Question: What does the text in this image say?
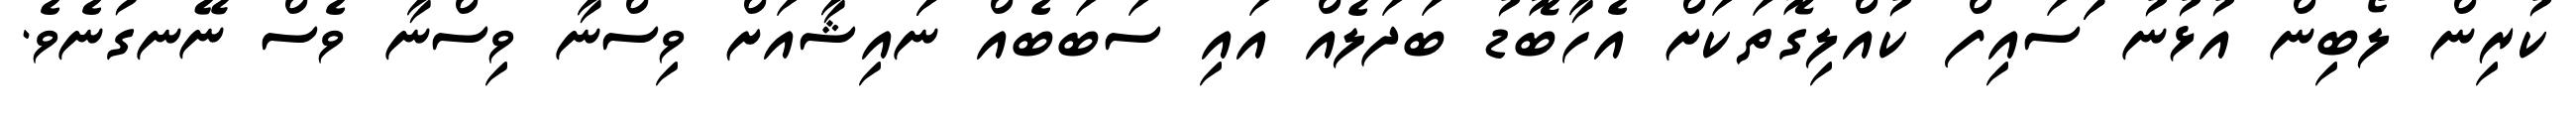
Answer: ކުރިން ލޯބިން އުޅުނު ަަސައިފް ކުއްލިގޮތަކަށް އެހާބޮޑު ބަދަލެއް އައި ސަބަބެއް ނަައިޝާއަށް ވިސްނާ ވިސްނާ ވެސް ނޭނގުނެވެ.